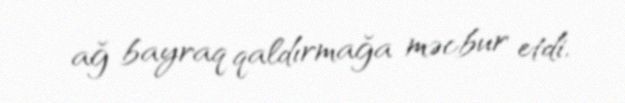
ağ bayraq qaldırmağa məcbur etdi.